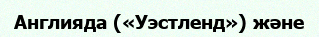
Англияда («Уэстленд») және